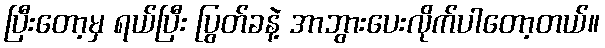
ပြီးတော့မှ ရယ်ပြီး ပြွတ်ခနဲ့ အာဘွားပေးလိုက်ပါတော့တယ်။